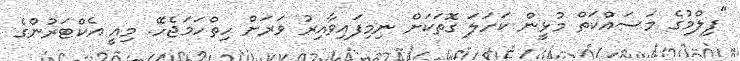
"ފިލްމުގެ މަސައްކަތް މުޅީން ކަހަލަ ގޮތަކަށް ނިމިފައިވާއިރު ވަރަށް ހިތްހަމަޖެހޭ. މިއީ އެކްޓަރުންގެ